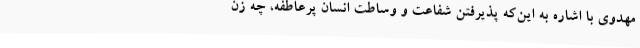
مهدوی با اشاره به این‌که پذیرفتن شفاعت و وساطت انسان پرعاطفه، چه زن